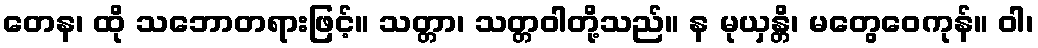
တေန၊ ထို သဘောတရားဖြင့်။ သတ္တာ၊ သတ္တဝါတို့သည်။ န မုယှန္တိ၊ မတွေဝေကုန်။ ဝါ၊